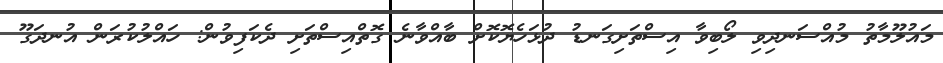
މައުލޫމާތު މުއްސަނދިވި ލޯބިވާ އިސްތަށިގަނޑު ދުޅަހެޔޮކޮށް ބާއްވާނެ ގޮތްއިސްތަށި ދެކަފިވުން: ހައްލުކުރަން އުނދަގޫ